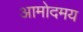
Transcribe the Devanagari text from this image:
आमोदमय